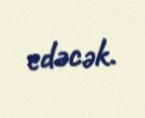
edəcək.